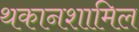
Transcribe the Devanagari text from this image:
थकानशामिल